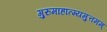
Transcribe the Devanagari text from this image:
गुरुमाहात्म्यमुत्तमम्